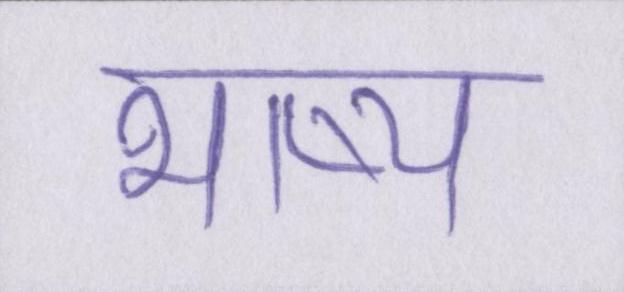
भाष्य